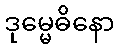
ဒုမ္မေဓိနော